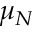
\mu _ { N }